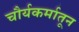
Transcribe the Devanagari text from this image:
चौर्यकर्मातून